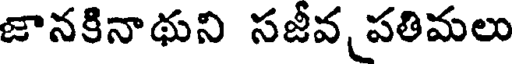
జానకినాథుని సజీవ పతిమలు